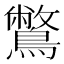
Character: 鷩